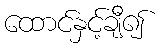
ထောင်နှင့်ချီ၍